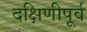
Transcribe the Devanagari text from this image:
दक्षिणीपूर्व